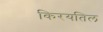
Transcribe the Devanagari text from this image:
किरयतिल